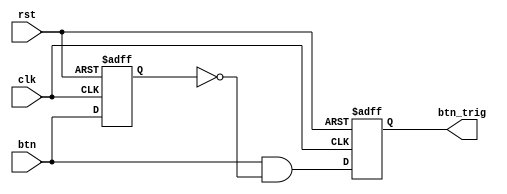
`timescale 1ns / 1ps
//////////////////////////////////////////////////////////////////////////////////
// Company: 
// Engineer: 
// 
// Design Name: 
// Module Name: DAC_3
// Project Name: 
// Target Devices: 
// Tool Versions: 
// Description: 
// 
// Dependencies: 
// 
// Revision:
// Revision 0.01 - File Created
// Additional Comments:
// 
//////////////////////////////////////////////////////////////////////////////////
module oneshot_universal(clk, rst, btn, btn_trig);
parameter WIDTH = 1;
input clk, rst;
input[WIDTH-1:0] btn;
reg [WIDTH-1:0] btn_reg;
output reg [WIDTH-1:0] btn_trig;

always @(negedge rst or posedge clk) begin
if(!rst) begin
btn_reg <= {WIDTH{1'b0}};
btn_trig <= {WIDTH{1'b0}};
end
else begin
btn_reg <= btn;
btn_trig <= btn & ~btn_reg;
end
end
endmodule

module DAC_3 (clk, rst, btn, add_sel, dac_csn, dac_ldacn, dac_wrn, dac_a_b, dac_d, led_out, LCD_E, LCD_RS, LCD_RW, LCD_DATA);
input clk, rst;
input[8:0] btn;
input add_sel;
output reg dac_csn, dac_ldacn, dac_wrn, dac_a_b;
output reg [7:0] dac_d;
output reg [7:0] led_out;
output reg [7:0] LCD_DATA;
output LCD_E, LCD_RS, LCD_RW;
wire LCD_E;
reg LCD_RS, LCD_RW;

reg [7:0] dac_d_temp;
reg [7:0] cnt;
wire [8:0] btn_t;

reg [1:0] state;

parameter DELAY1   = 2'b00,
          SET_WRN = 2'b01,
          UP_DATA = 2'b10;
 
reg [2:0] state2;
parameter DELAY=3'b000,
FUNCTION_SET = 3'b001,
ENTRY_MODE = 3'b010,
DISP_ONOFF = 3'b011,
LINE1 = 3'b100,
LINE2 = 3'b101,
DELAY_T = 3'b110,
CLEAR_DISP = 3'b111;

integer cnt1;

          
oneshot_universal #(.WIDTH(9)) O1(clk, rst, {btn[8:0]}, {btn_t[8:0]});


always @(posedge clk or negedge rst)
begin
if(!rst)
state = DELAY;
else
begin
case(state2)
DELAY : begin

if(cnt1 == 70) state2 = FUNCTION_SET;
end
FUNCTION_SET : begin

if(cnt1 == 30) state2 = DISP_ONOFF;
end
DISP_ONOFF : begin

if(cnt1 == 30) state2 = ENTRY_MODE;
end
ENTRY_MODE : begin

if(cnt1 == 30) state2 = LINE1;
end
LINE1 : begin

if(cnt1 == 20) state2 = LINE2;
end
LINE2 : begin

if(cnt1 == 20) state = DELAY_T;
end
DELAY_T : begin

if(cnt1 == 5) state2 = CLEAR_DISP;
end
CLEAR_DISP : begin

if(cnt1 == 5) state2 = LINE1;
end
default : state2 = DELAY;
endcase
end
end

always @(posedge clk or negedge rst)
begin
if(!rst)
cnt1=0;
else begin
case(state2)
DELAY :
if(cnt1 >= 70) cnt1=0;
else cnt1 = cnt1 + 1;
FUNCTION_SET :
if(cnt1 >= 30) cnt1 = 0;
else cnt1 = cnt1 + 1;
DISP_ONOFF :
if(cnt1 >= 30) cnt1 = 0;
else cnt1 = cnt1 + 1;
ENTRY_MODE : 
if(cnt1 >= 30) cnt1 = 0;
else cnt1 = cnt1 + 1;
LINE1 :
if(cnt1 >= 20) cnt1 = 0;
else cnt1 = cnt1 + 1;
LINE2 :
if(cnt1 >= 20) cnt1 = 0;
else cnt1 = cnt1 + 1;
DELAY_T :
if(cnt1 >= 5) cnt1 = 0;
else cnt1= cnt1 + 1;
CLEAR_DISP :
if(cnt1 >= 5) cnt1 = 0;
else cnt1= cnt1 + 1;
default : state2 = DELAY;
endcase
end
end

always @(posedge clk or negedge rst)
begin
if(!rst)
{LCD_RS, LCD_RW, LCD_DATA} = 10'b1_1_00000000;
else begin
case(state)
FUNCTION_SET : 
{LCD_RS, LCD_RW, LCD_DATA} = 10'b0_0_0011_1000;
DISP_ONOFF : 
{LCD_RS, LCD_RW, LCD_DATA} = 10'b0_0_0000_1100;
ENTRY_MODE : 
{LCD_RS, LCD_RW, LCD_DATA} = 10'b0_0_0000_0111;     
LINE1 :
begin
case(cnt)
00 : {LCD_RS, LCD_RW, LCD_DATA} = 10'b0_0_1000_1111;
01 : if(dac_d_temp[0]==1)
{LCD_RS, LCD_RW, LCD_DATA} = 10'b1_0_0011_0001;
else
{LCD_RS, LCD_RW, LCD_DATA} = 10'b1_0_0011_0000;

02 : if(dac_d_temp[0]==1)
{LCD_RS, LCD_RW, LCD_DATA} = 10'b1_0_0011_0001;
else
{LCD_RS, LCD_RW, LCD_DATA} = 10'b1_0_0011_0000;
03 : if(dac_d_temp[0]==1)
{LCD_RS, LCD_RW, LCD_DATA} = 10'b1_0_0011_0001;
else
{LCD_RS, LCD_RW, LCD_DATA} = 10'b1_0_0011_0000;
04 : if(dac_d_temp[0]==1)
{LCD_RS, LCD_RW, LCD_DATA} = 10'b1_0_0011_0001;
else
{LCD_RS, LCD_RW, LCD_DATA} = 10'b1_0_0011_0000;
05 : if(dac_d_temp[0]==1)
{LCD_RS, LCD_RW, LCD_DATA} = 10'b1_0_0011_0001;
else
{LCD_RS, LCD_RW, LCD_DATA} = 10'b1_0_0011_0000;
06 : if(dac_d_temp[0]==1)
{LCD_RS, LCD_RW, LCD_DATA} = 10'b1_0_0011_0001;
else
{LCD_RS, LCD_RW, LCD_DATA} = 10'b1_0_0011_0000;
07 : if(dac_d_temp[0]==1)
{LCD_RS, LCD_RW, LCD_DATA} = 10'b1_0_0011_0001;
else
{LCD_RS, LCD_RW, LCD_DATA} = 10'b1_0_0011_0000;
08 : if(dac_d_temp[0]==1)
{LCD_RS, LCD_RW, LCD_DATA} = 10'b1_0_0011_0001;
else
{LCD_RS, LCD_RW, LCD_DATA} = 10'b1_0_0011_0000;
09 : {LCD_RS, LCD_RW, LCD_DATA} = 10'b1_0_0100_1100;
10 : {LCD_RS, LCD_RW, LCD_DATA} = 10'b1_0_0100_1100;
11 : {LCD_RS, LCD_RW, LCD_DATA} = 10'b1_0_0100_1100;
12 : {LCD_RS, LCD_RW, LCD_DATA} = 10'b1_0_0100_1100;
13 : {LCD_RS, LCD_RW, LCD_DATA} = 10'b1_0_0100_1100;
14 : {LCD_RS, LCD_RW, LCD_DATA} = 10'b1_0_0100_1100;
15 : {LCD_RS, LCD_RW, LCD_DATA} = 10'b1_0_0100_1100;
16 : {LCD_RS, LCD_RW, LCD_DATA} = 10'b1_0_0100_1100;
default : {LCD_RS, LCD_RW, LCD_DATA} = 10'b1_0_0010_0000;
endcase
end
DELAY_T :
{LCD_RS, LCD_RW, LCD_DATA} = 10'b0_0_0000_0010;
CLEAR_DISP :
{LCD_RS, LCD_RW, LCD_DATA} = 10'b0_0_0000_0001;
default :
{LCD_RS, LCD_RW, LCD_DATA} = 10'b1_1_0000_0000;
endcase
end
end
assign LCD_E = clk;

always @(posedge clk or negedge rst) begin
    if(!rst) begin
        state <= DELAY1;
    end
    else begin
        case(state)
            DELAY1   : if(cnt == 200) state <= SET_WRN;
            SET_WRN : if(cnt == 50) state <= UP_DATA;
            UP_DATA : if(cnt == 30) state <= DELAY;
        endcase
    end
end

always @(posedge clk or negedge rst) begin
    if(!rst)
        cnt <= 8'b0000_0000;
    else begin
        case(state)
            DELAY1 :
            if(cnt >= 200) cnt <= 0;
            else cnt <= cnt + 1;
        SET_WRN :
            if(cnt >= 50) cnt <= 0;
            else cnt <= cnt + 1;
        UP_DATA :
            if(cnt >= 30) cnt <= 0;
            else cnt <= cnt + 1;
        endcase
    end
end

always @(posedge clk or negedge rst) begin
    if(!rst) begin
        dac_wrn <= 1;
    end
    else begin
        case(state)
          DELAY1   :
           dac_wrn <= 1;
           SET_WRN :
           dac_wrn <= 0;
           UP_DATA :
          dac_d <= dac_d_temp;
        endcase
    end
end

always @(posedge clk or negedge rst) begin
    if(!rst) begin
        dac_d_temp <= 8'b0000_0000;
        led_out <= 8'b0101_0101;
    end
    else begin
        if(btn_t == 9'b100000000) dac_d_temp <= dac_d_temp - 8'b0000_0001;
        else if(btn_t == 9'b010000000) dac_d_temp <= dac_d_temp;
        else if(btn_t == 9'b001000000) dac_d_temp <= dac_d_temp + 8'b0000_0001;
        else if(btn_t == 9'b000100000) dac_d_temp <= dac_d_temp - 8'b0000_0010;
        else if(btn_t == 9'b000010000) dac_d_temp <= dac_d_temp;
        else if(btn_t == 9'b000001000) dac_d_temp <= dac_d_temp + 8'b0000_0010;
        else if(btn_t == 9'b000000100) dac_d_temp <= dac_d_temp - 8'b0000_1000;
        else if(btn_t == 9'b000000010) dac_d_temp <= dac_d_temp;
        else if(btn_t == 9'b000000001) dac_d_temp <= dac_d_temp + 8'b0000_1000;
        led_out <= dac_d_temp;
    end
end

always @(posedge clk) begin
    dac_csn <= 0;
    dac_ldacn <= 0;
    dac_a_b <= add_sel;
end
endmodule